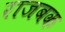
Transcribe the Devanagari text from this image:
राजबक